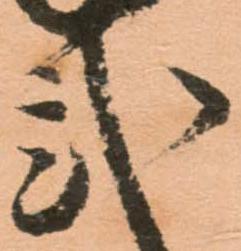
弐